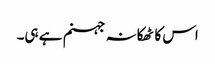
اس کا ٹھکانہ جہنم ہے ہی۔